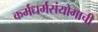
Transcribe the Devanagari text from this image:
कर्मधर्मसंयोगाची